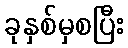
ခုနှစ်မှစပြီး